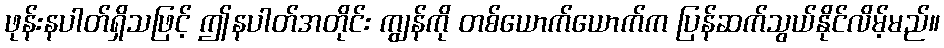
ဖုန်းနပါတ်ရှိသဖြင့် ဤနပါတ်အတိုင်း ကျွန်ကို တစ်ယောက်ယောက်က ပြန်ဆက်သွယ်နိုင်လိမ့်မည်။